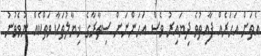
އެތަށް އަހަރެއް ފާއިތުވެ ދިޔައިރު ވެސް އަހަންނަށް ސިތާރާގެ ޚިޔާލުތަކާ ވަތްކެއް ނުވެވުނު